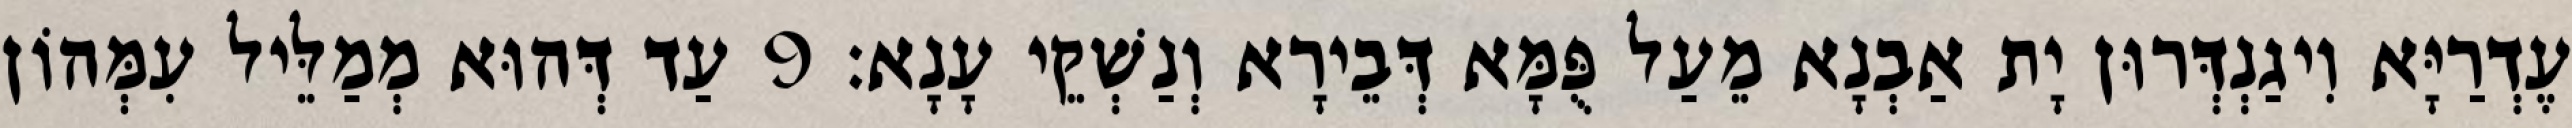
עֶדְרַיָּא וִיגַנְדְּרוּן יָת אַבְנָא מֵעַל פֻּמָּא דְּבֵירָא וְנַשְׁקֵי עָנָא׃ 9 עַד דְּהוּא מְמַלֵּיל עִמְּהוֹן